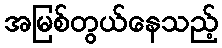
အမြစ်တွယ်နေသည့်